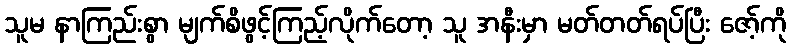
သူမ နာကြည်းစွာ မျက်စိဖွင့်ကြည့်လိုက်တော့ သူ အနီးမှာ မတ်တတ်ရပ်ပြီး ဇော့်ကို